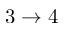
3 \to 4